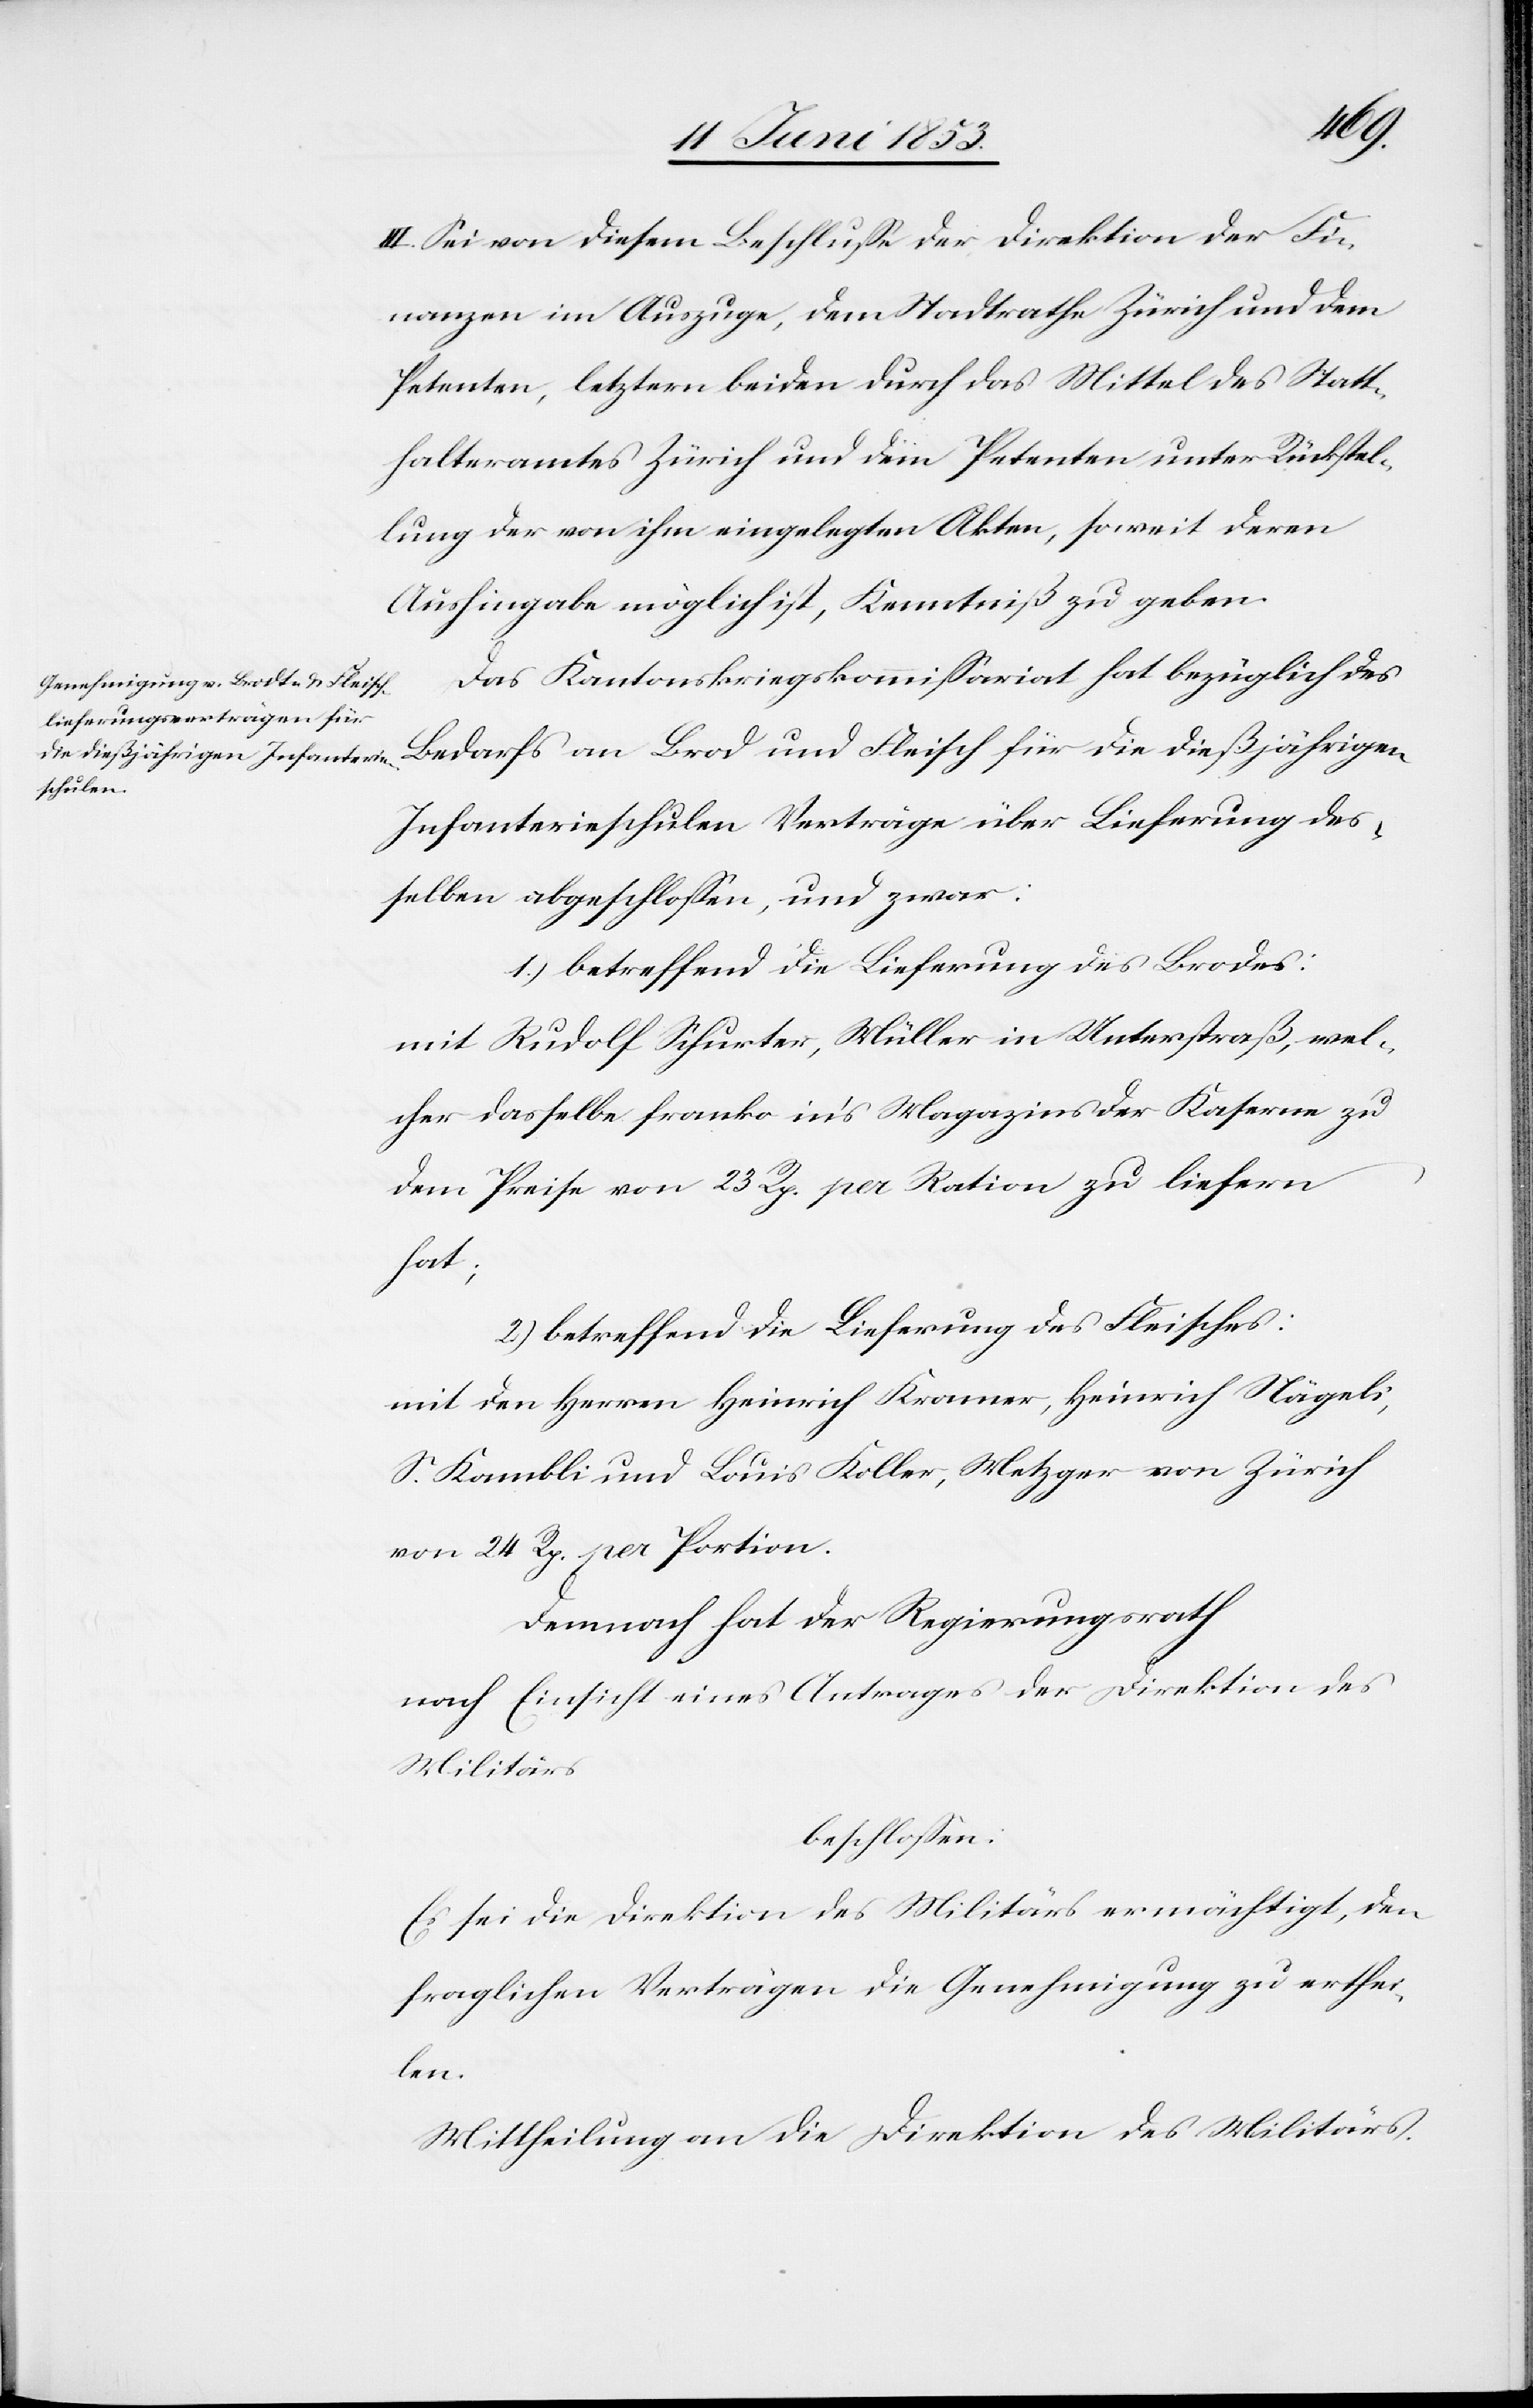
III. Sei von diesem Beschluße der Direktion der Fi¬
nanzen im Auszuge, dem Stadtrathe Zürich und dem
Petenten, letztern beiden durch das Mittel des Statt¬
halteramtes Zürich und dem Petenten unter Rückstel¬
lung der von ihm eingelegten Akten, soweit deren
Aushingabe möglich ist, Kenntniß zu geben.
Das Kantonskriegskommißariat hat bezüglich des
Bedarfs an Brod und Fleisch für die dießjährigen
Infanterieschulen Verträge über Lieferung des¬
selben abgeschloßen, und zwar:
1.) betreffend die Lieferung des Brodes:
mit Rudolf Schurter, Müller in Unterstraß, wel¬
cher dasselbe franko in’s Magazin der Kaserne
dem Preise von 23 Rp. pr Ration zu liefern
hat;
2.) betreffend Lieferung des Fleisches:
mit den Herrn Heinrich Kramer, Heinrich Nägeli,
S. Kambli und Louis Koller, Metzger von Zürich
von 24 Rp. pr. Portion.
Demnach hat der Regierungsrath
nach Einsicht eines Antrages der Direktion des
Militärs
beschloßen:
Es sei die Direktion des Militärs ermächtigt, den
fraglichen Verträgen die Genehmigung zu erthei¬
len.
Mittheilung an die Direktion des Militärs